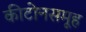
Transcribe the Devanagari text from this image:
कीटोनसमूह